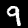
Label: 9